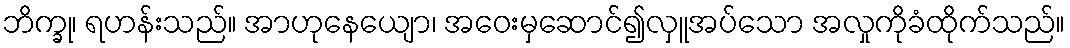
ဘိက္ခု၊ ရဟန်းသည်။ အာဟုနေယျော၊ အဝေးမှဆောင်၍လှူအပ်သော အလှုကိုခံထိုက်သည်။